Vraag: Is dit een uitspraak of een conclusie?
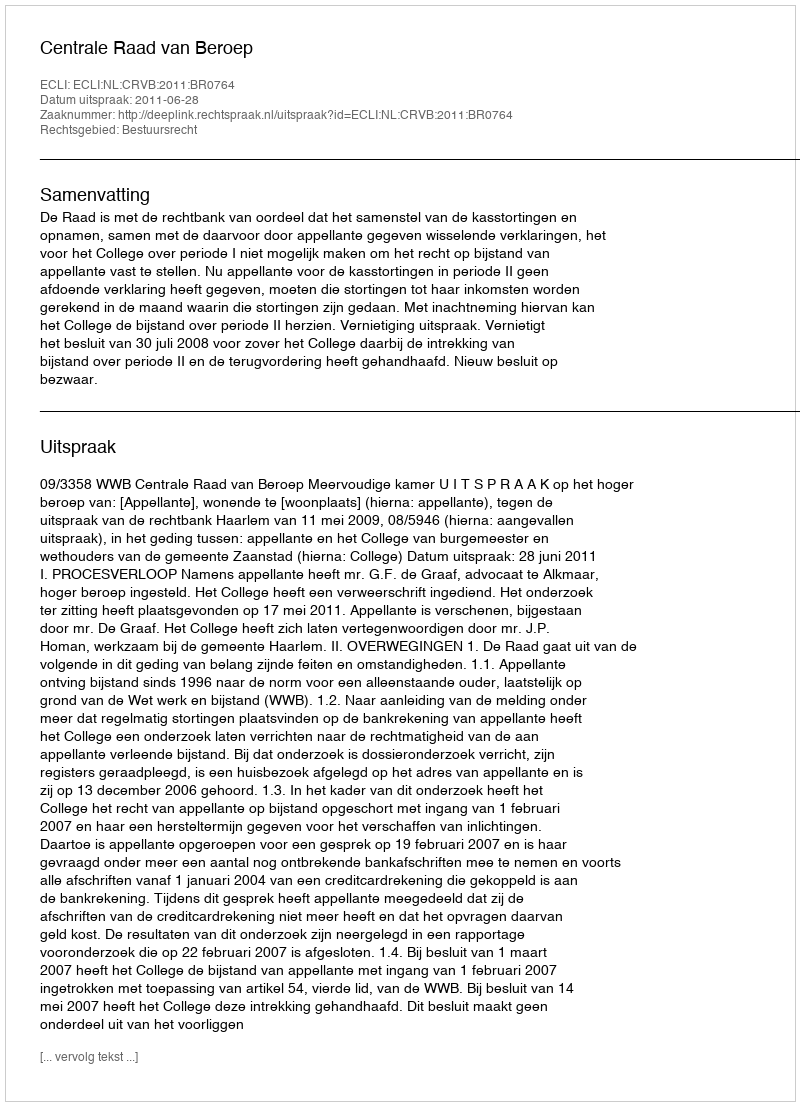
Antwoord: Uitspraak